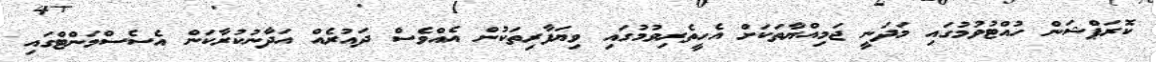
ކޮރަޕްޝަން ހުއްޓުވުމުގައި މަދަނީ ޖަމިއްޔާތަކަށް އެހީތެރިވުމުގައި ވިޔަފާރިތަކުން އެއްވެސް ދައުރެއް އަދާނުކުރާކަން އެސެސްމަންޓްގައި